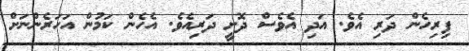
ފިރިހެން ދަރި އެވެ. އަދި އެވެސް ދޮށީ ދަރިއެވެ. އެހެން ކަމުން އަހަރެންނަށް